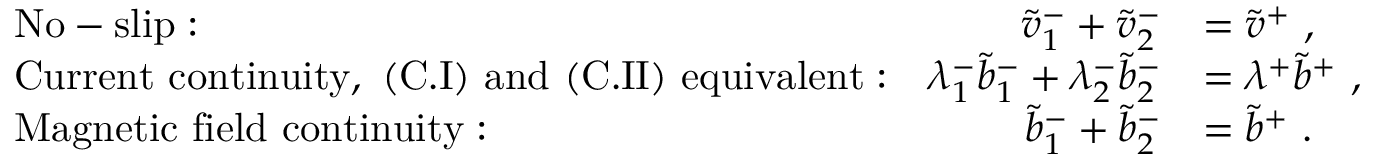
\begin{array} { r l r l } & { \mathrm { N o - s l i p : } } & { \tilde { v } _ { 1 } ^ { - } + \tilde { v } _ { 2 } ^ { - } } & { = \tilde { v } ^ { + } ~ , } \\ & { \mathrm { C u r r e n t ~ c o n t i n u i t y , ~ ( C . I ) ~ a n d ~ ( C . I I ) ~ e q u i v a l e n t : } } & { \lambda _ { 1 } ^ { - } \tilde { b } _ { 1 } ^ { - } + \lambda _ { 2 } ^ { - } \tilde { b } _ { 2 } ^ { - } } & { = \lambda ^ { + } \tilde { b } ^ { + } ~ , } \\ & { \mathrm { M a g n e t i c ~ f i e l d ~ c o n t i n u i t y : } } & { \tilde { b } _ { 1 } ^ { - } + \tilde { b } _ { 2 } ^ { - } } & { = \tilde { b } ^ { + } ~ . } \end{array}